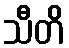
သီတိ